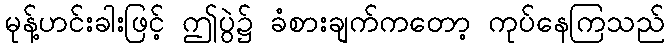
မုန့်ဟင်းခါးဖြင့် ဤပွဲ၌ ခံစားချက်ကတော့ ကုပ်နေကြသည်